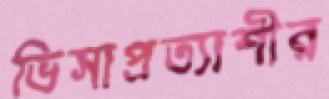
ভিসাপ্রত্যাশীর